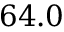
6 4 . 0